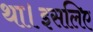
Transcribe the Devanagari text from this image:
था।इसलिए